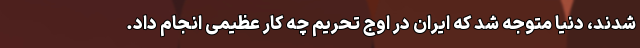
شدند، دنیا متوجه شد که ایران در اوج تحریم چه کار عظیمی انجام داد.